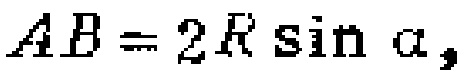
\(AB = 2R\sin\alpha\)